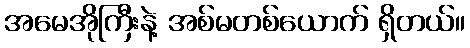
အမေအိုကြီးနဲ့ အစ်မတစ်ယောက် ရှိတယ်။